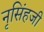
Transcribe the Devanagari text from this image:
नृसिंहजी